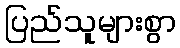
ပြည်သူများစွာ